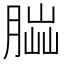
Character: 𦝶